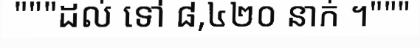
"""ដល់ ទៅ ៨,៤២០ នាក់ ។"""